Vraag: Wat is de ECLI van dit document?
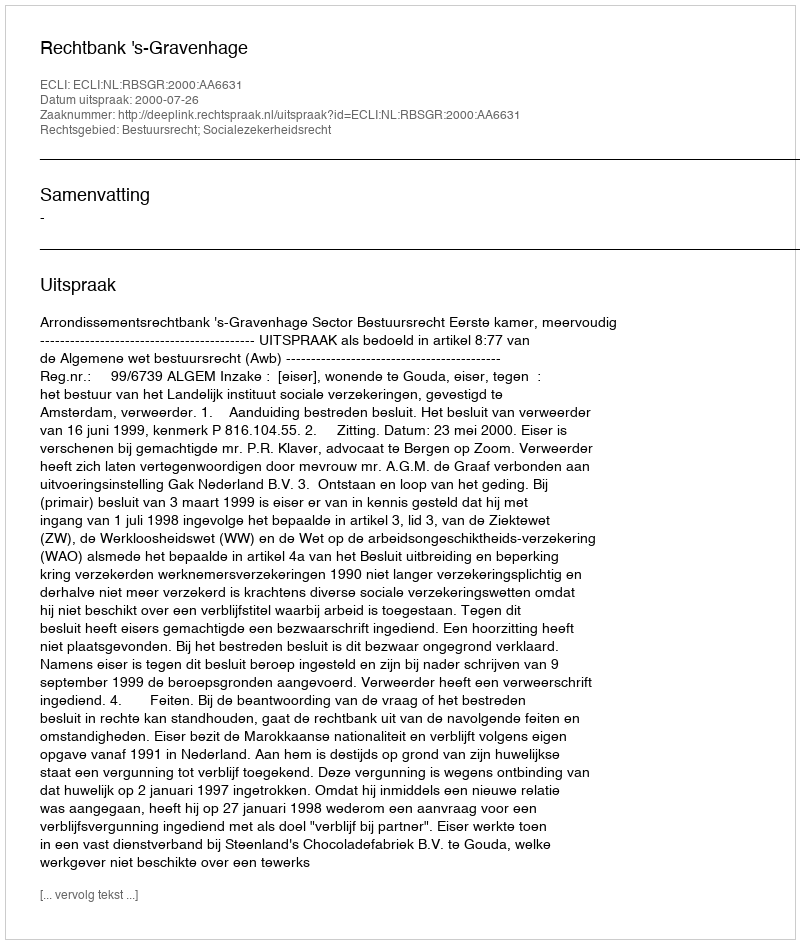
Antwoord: ECLI:NL:RBSGR:2000:AA6631